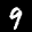
Label: 9